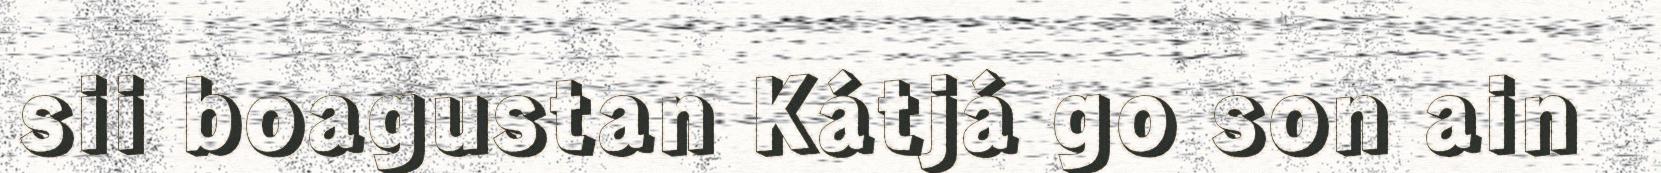
sii boagustan Kátjá go son ain